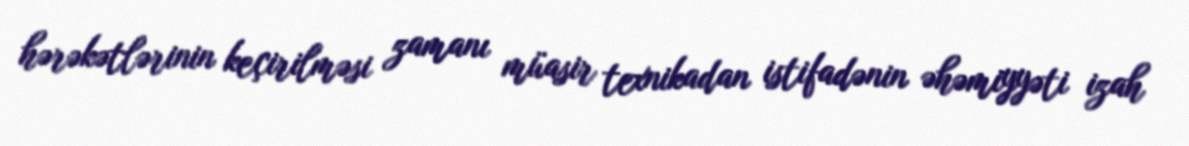
hərəkətlərinin keçirilməsi zamanı müasir texnikadan istifadənin əhəmiyyəti izah